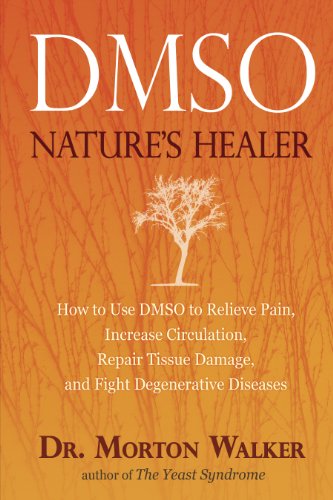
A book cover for DMSO: Nature's Healer; Morton Walker D.P.M.; Health, Fitness & Dieting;